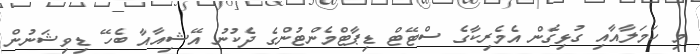
މި ހަމަލާއާއި ގުޅިގެން އެމެރިކާގެ ސްޓޭޓް ޑިޕާޓްމެންޓުންގެ ދެކުނު އޭޝިއާއާ ބެހޭ ޑިވިޝަނުން